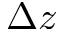
\Delta z